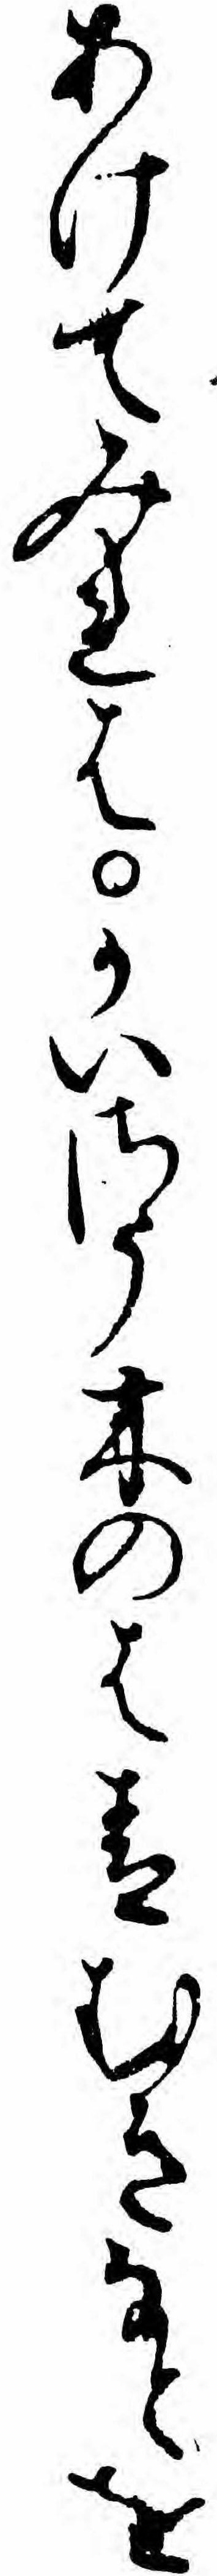
あけてみれはかいさう木のは青むきなとを